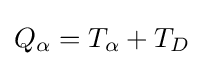
Q_{\alpha }=T_{\alpha }+T_{D}